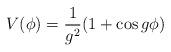
LaTeX: \begin{align*}V(\phi) = \frac{1}{g^2} (1 + \cos g\phi)\end{align*}